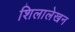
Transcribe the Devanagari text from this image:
शिलालेखन